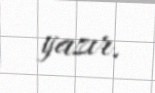
yazır.